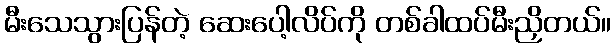
မီးသေသွားပြန်တဲ့ ဆေးပေါ့လိပ်ကို တစ်ခါထပ်မီးညှိတယ်။